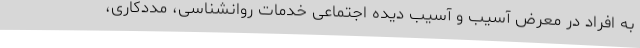
به افراد در معرض آسیب و آسیب دیده اجتماعی خدمات روانشناسی، مددکاری،